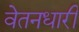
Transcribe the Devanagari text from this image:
वेतनधारी